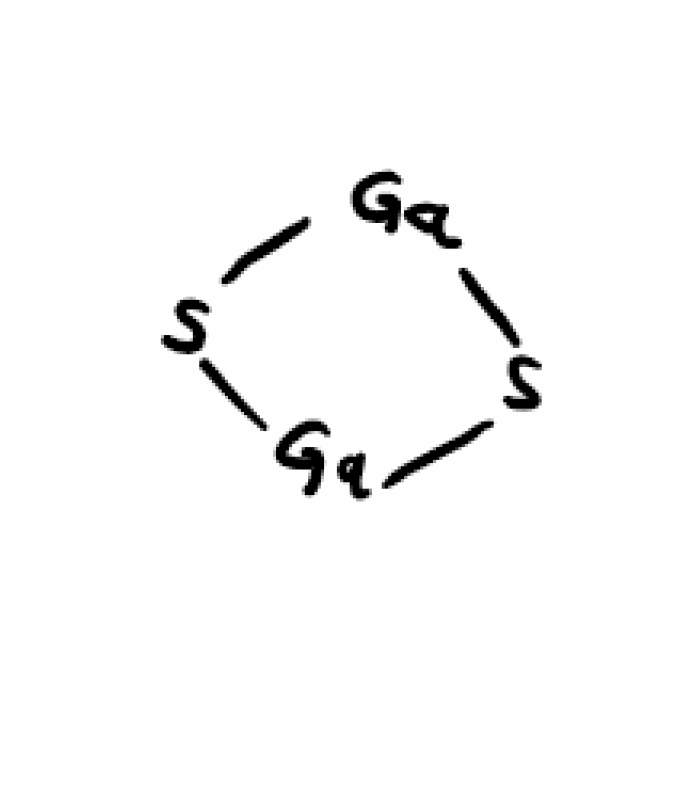
Simplified molecular-input line-entry system (SMILES) notation of the given molecule:
S1[Ga]S[Ga]1